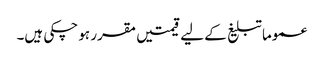
عموما تبلیغ کے لیے قیمتیں مقرر ہو چکی ہیں۔